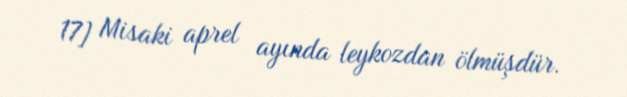
17] Misaki aprel ayında leykozdan ölmüşdür.